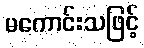
မကောင်းသဖြင့်